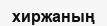
хиржаның